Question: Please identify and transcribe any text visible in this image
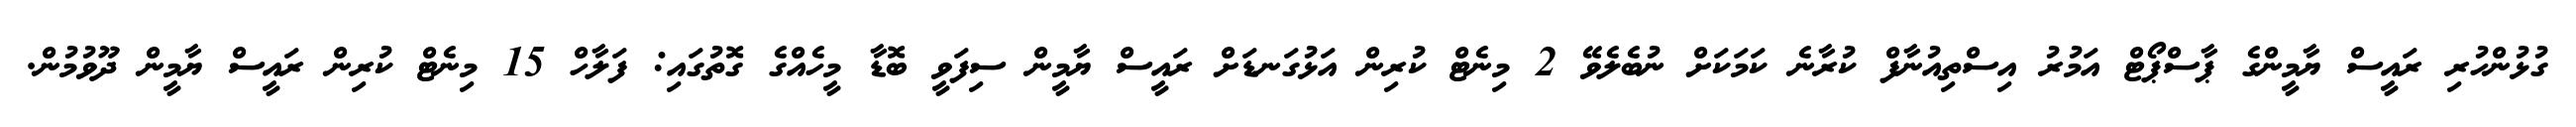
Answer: ގުޅުންހުރި ރައީސް ޔާމީންގެ ޕާސްޕޯޓް އަމުރު އިސްތިއުނާފް ކުރާނެ ކަމަކަށް ނުބެލެވޭ 2 މިނެޓް ކުރިން އަޅުގަނޑަށް ރައީސް ޔާމީން ސިފަވީ ބޮޑާ މީހެއްގެ ގޮތުގައި: ފަލާހް 15 މިނެޓް ކުރިން ރައީސް ޔާމީން ދޫވުމުން.